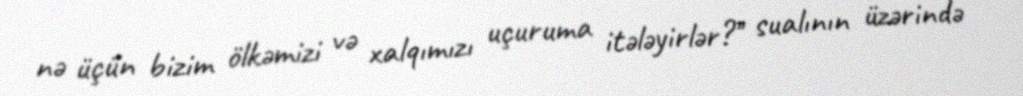
nə üçün bizim ölkəmizi və xalqımızı uçuruma itələyirlər?’’ sualının üzərində